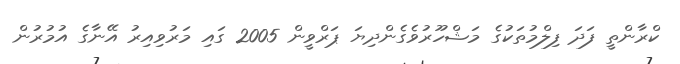
ކްރާންތީ ފަދަ ފިލްމުތަކުގެ މަޝްހޫރުވެގެންދިޔަ ޕަރްވީން 2005 ގައި މަރުވިއިރު އޭނާގެ އުމުރުން